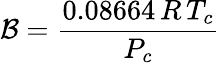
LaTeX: \mathcal{B}={\frac{{0.08664\, R\, T_{c}}}{{P_{c}}}}